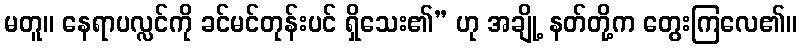
မတူ။ နေရာပလ္လင်ကို ခင်မင်တုန်းပင် ရှိသေး၏” ဟု အချို့ နတ်တို့က တွေးကြလေ၏။